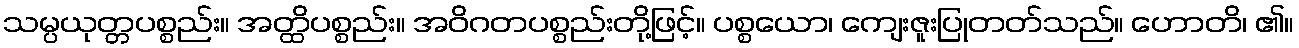
သမ္ပယုတ္တပစ္စည်း။ အတ္ထိပစ္စည်း။ အဝိဂတပစ္စည်းတို့ဖြင့်။ ပစ္စယော၊ ကျေးဇူးပြုတတ်သည်။ ဟောတိ၊ ၏။